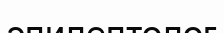
эпилептолог